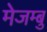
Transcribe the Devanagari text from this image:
मेजम्बु